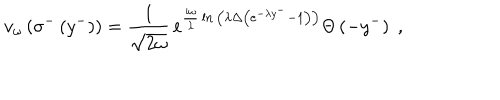
LaTeX: v _ { \omega } \left( \sigma ^ { - } \left( y ^ { - } \right) \right) = { \frac { 1 } { \sqrt { 2 \omega } } } \, e ^ { { \frac { i \omega } { \lambda } } \ln { \left( \lambda \Delta \left( e ^ { - \lambda y ^ { - } } - 1 \right) \right) } } \Theta \left( - y ^ { - } \right) \; ,